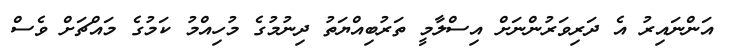
އަންނައިރު އެ ދަރިވަރުންނަށް އިސްލާމީ ތަރުބިއްޔަތު ދިނުމުގެ މުހިއްމު ކަމުގެ މައްޗަށް ވެސް